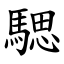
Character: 騦